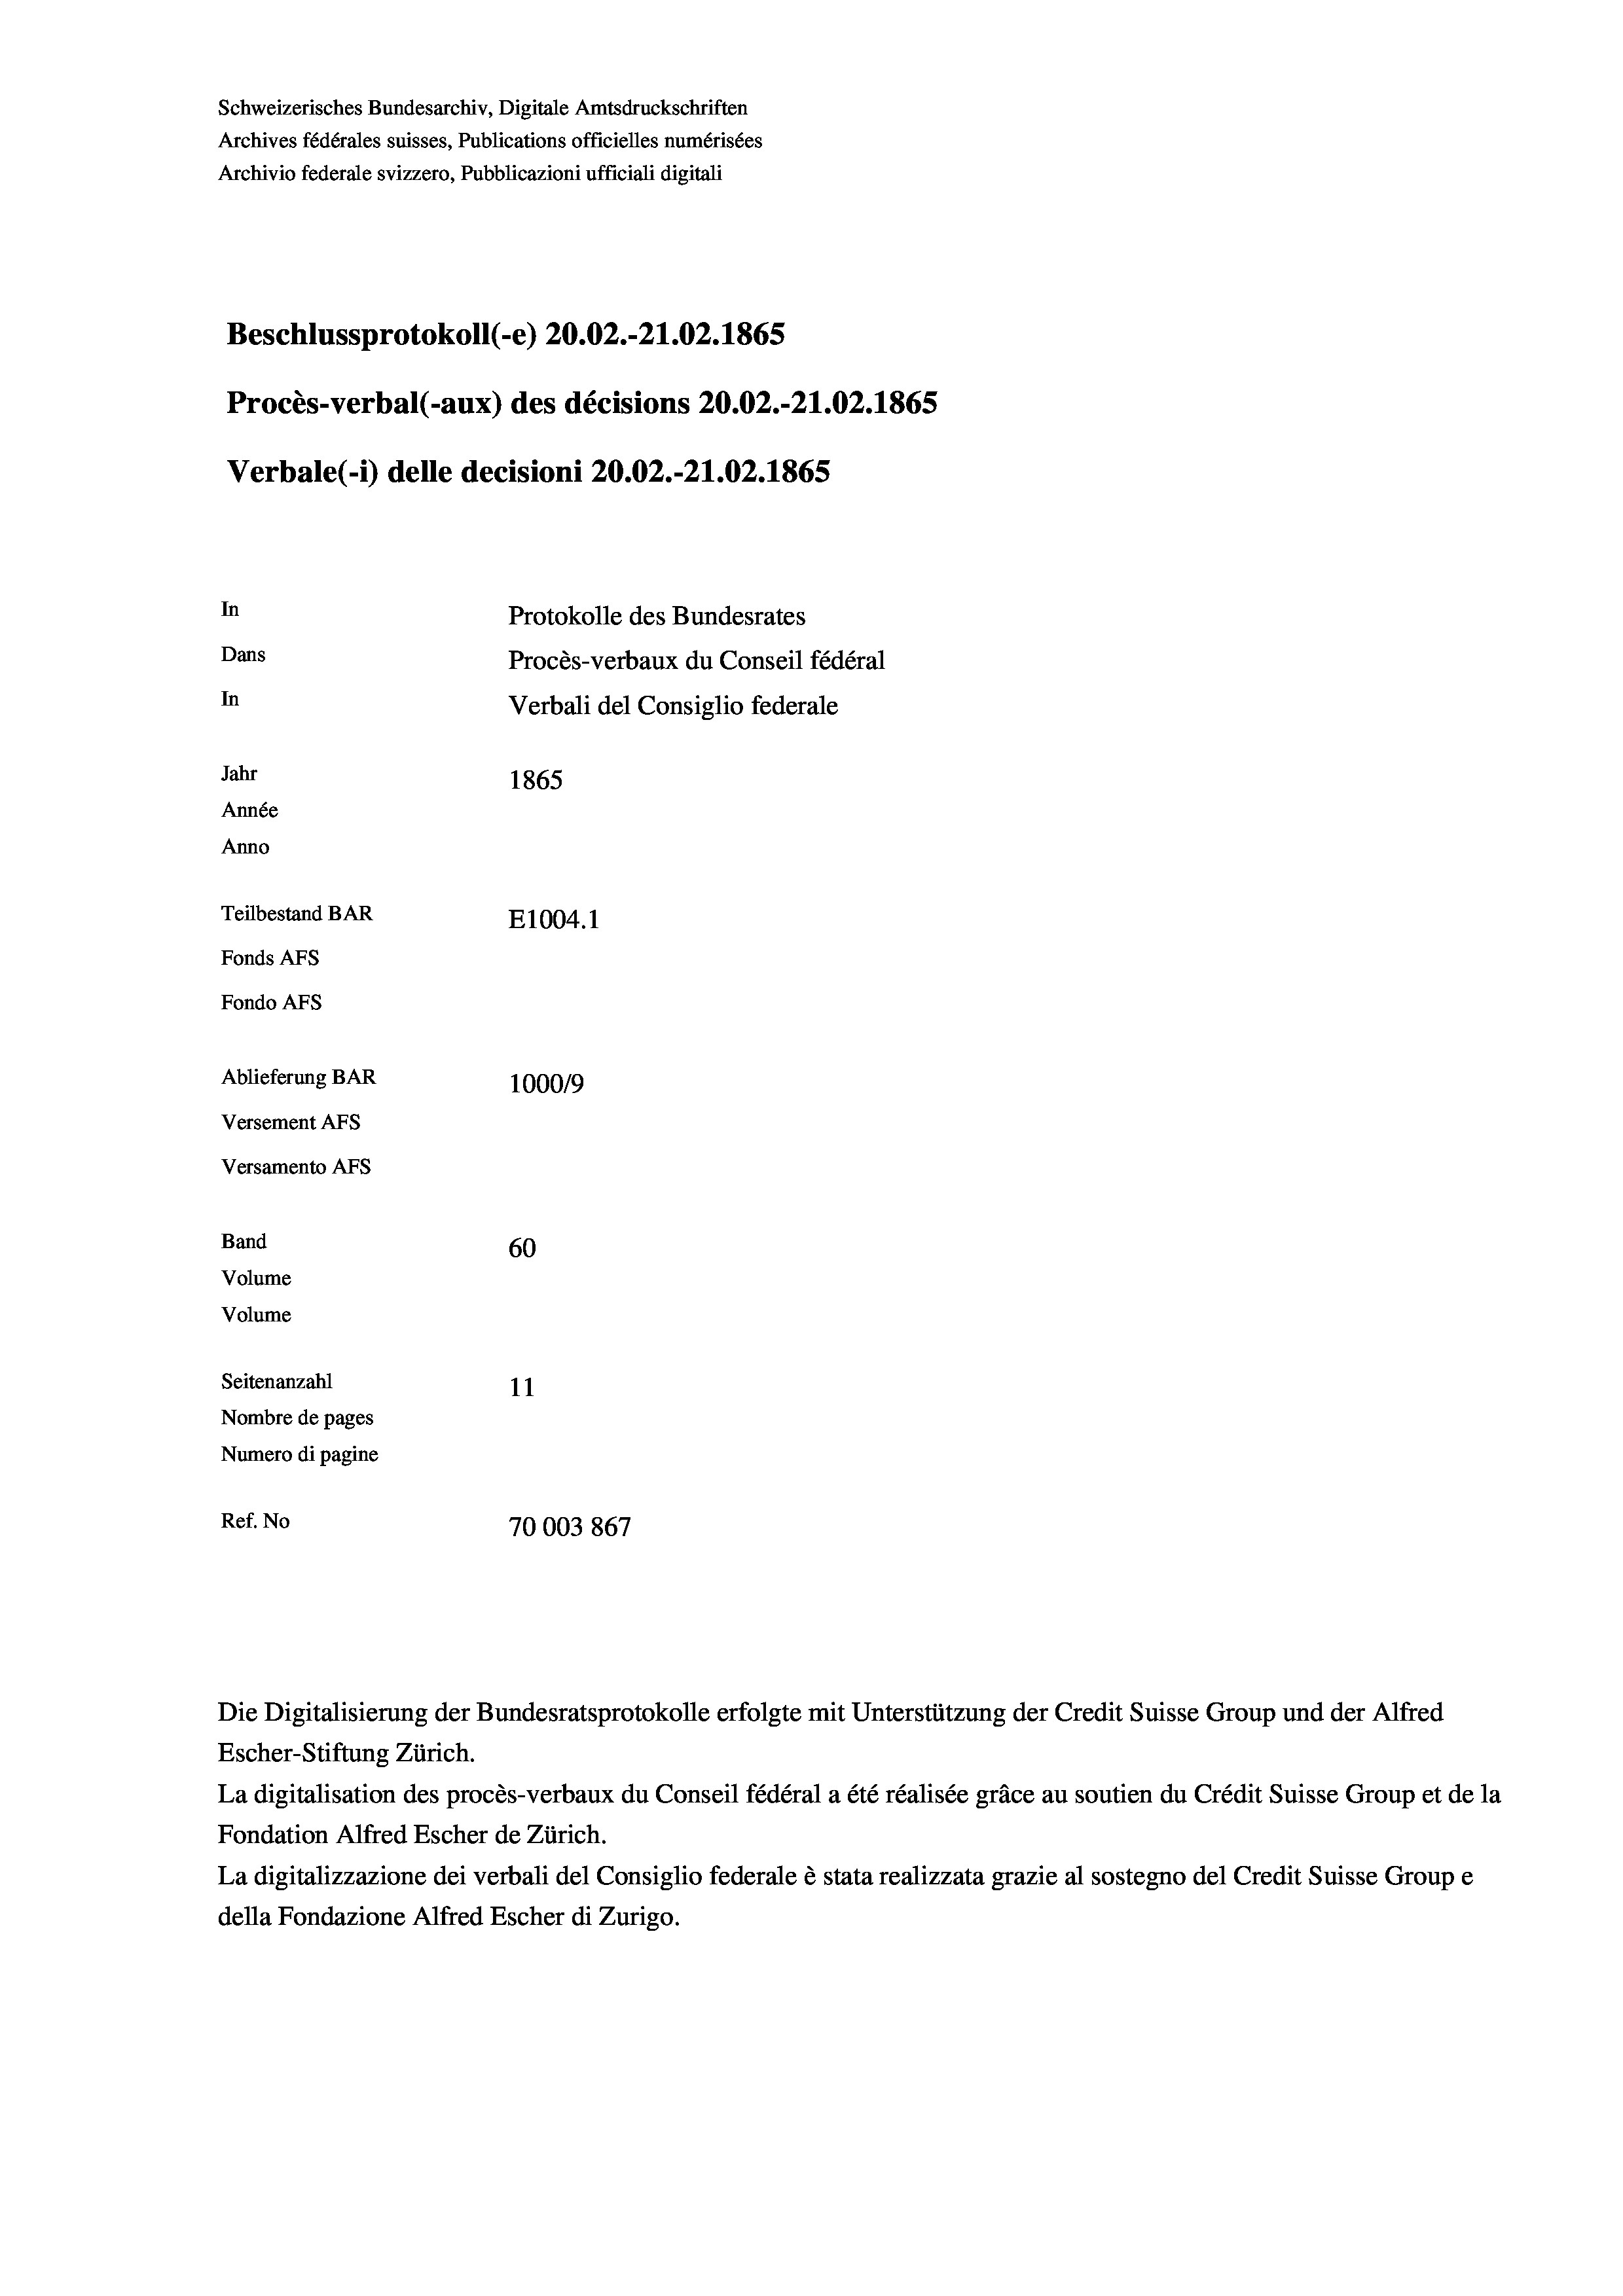
Schweizerisches Bundesarchiv, Digitale Amtsdruckschriften
Archives fédérales suisses, Publications officielles numérisées
Archivio federale svizzero, Pubblicazioni ufficiali digitali
Beschlussprotokoll (-e) 20.02.-21.02. 1865
Procès-verbal (-aux) des décisions 20.02.-21.02. 1865
Verbale(-*) delle decisioni 20.02.-21.02. 1865
In
Protokolle des Bundesrates
Dans
Procès-verbaux du Conseil fédéral
In
Verbali del Consiglio federale
Jahr
1865
Année
Anno
Teilbestand BAR
E1004.1
Fonds AFs
Fondo Afs
Ablieferung BAR
100019
Versement AFs
Versamento Afs
Band
60
Volume
Volume
Seitenanzahl
11
Nombre de pages
Numero di pagine

Ref. No
70003 867

Escher-Stiftung Zürich.
La digitalisation des procès-verbaux du Conseil fédéral a été réalisée gräce au soutien du Crédit Suisse Group et de la
Fondation Alfred Escher de Zürich.
La digitalizzazione dei verbali del Consiglio federale è stata realizzata grazie al sostegno del Credit Suisse Groupe
della Fondazione Alfred Escher di Zurigo.

Die Digitalisierung der Bundesratsprotokolle erfolgte mit Unterstützung der Credit Suisse Group und der Alfred